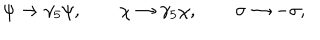
LaTeX: \psi \rightarrow \gamma _ { 5 } \psi , \qquad \chi \rightarrow \gamma _ { 5 } \chi , \qquad \sigma \rightarrow - \sigma ,